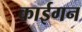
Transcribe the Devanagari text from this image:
काईगन